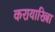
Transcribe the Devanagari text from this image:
करायारिल्ला